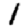
Digit: 1